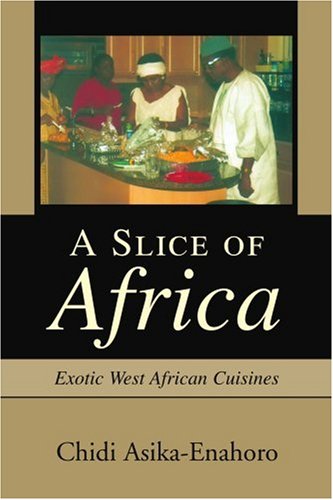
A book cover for A Slice of Africa: Exotic West African Cuisines; Chidi Asika-Enahoro; Cookbooks, Food & Wine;